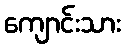
ကျောင်းသား